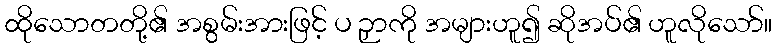
ထိုသောတတို့၏ အစွမ်းအားဖြင့် ပ ဉှာကို အများဟူ၍ ဆိုအပ်၏ ဟူလိုသော်။